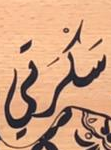
سكرتي